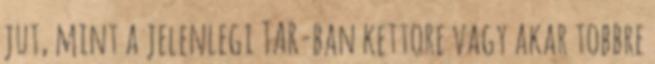
jut, mint a jelenlegi TAR-ban kettore vagy akar tobbre